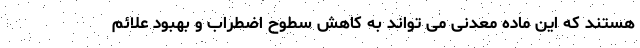
هستند که این ماده معدنی می تواند به کاهش سطوح اضطراب و بهبود علائم